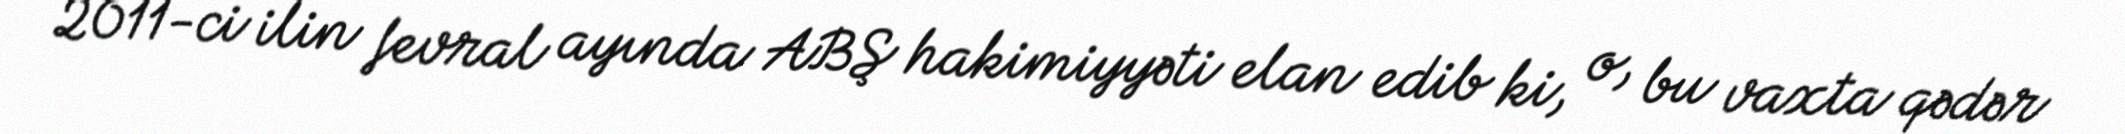
2011-ci ilin fevral ayında ABŞ hakimiyyəti elan edib ki, o, bu vaxta qədər